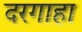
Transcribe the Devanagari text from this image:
दरगाहा